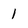
Character: 1